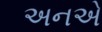
અનએ